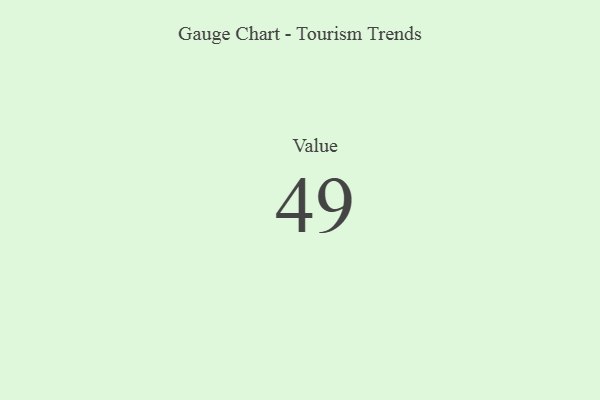
{"axis": {"x": "Metric", "y": "Value"}, "legend": [""], "data": [{"x": "Value", "y": 49, "type": ""}]}